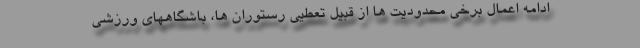
ادامه اعمال برخی محدودیت ها از قبیل تعطیی رستوران ها، باشگاههای ورزشی